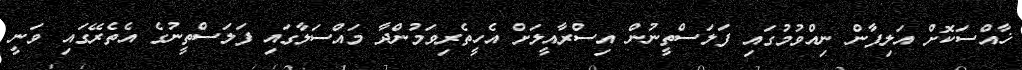
ޚާއްސަކޮށް އަލިފާން ނިއްވުމުގައި ފަލަސްތީނުން އިސްރާއީލަށް އެހީތެރިވަމުންދާ މައްސަލާގައި ފަލަސްތީނުގެ އެތެރޭގައި ވަނީ